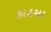
કાઠમા